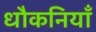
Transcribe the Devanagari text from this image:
धौकनियाँ